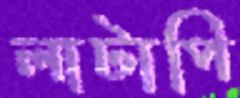
লাটাপি